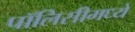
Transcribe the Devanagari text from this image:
पॉलिसीमध्ये